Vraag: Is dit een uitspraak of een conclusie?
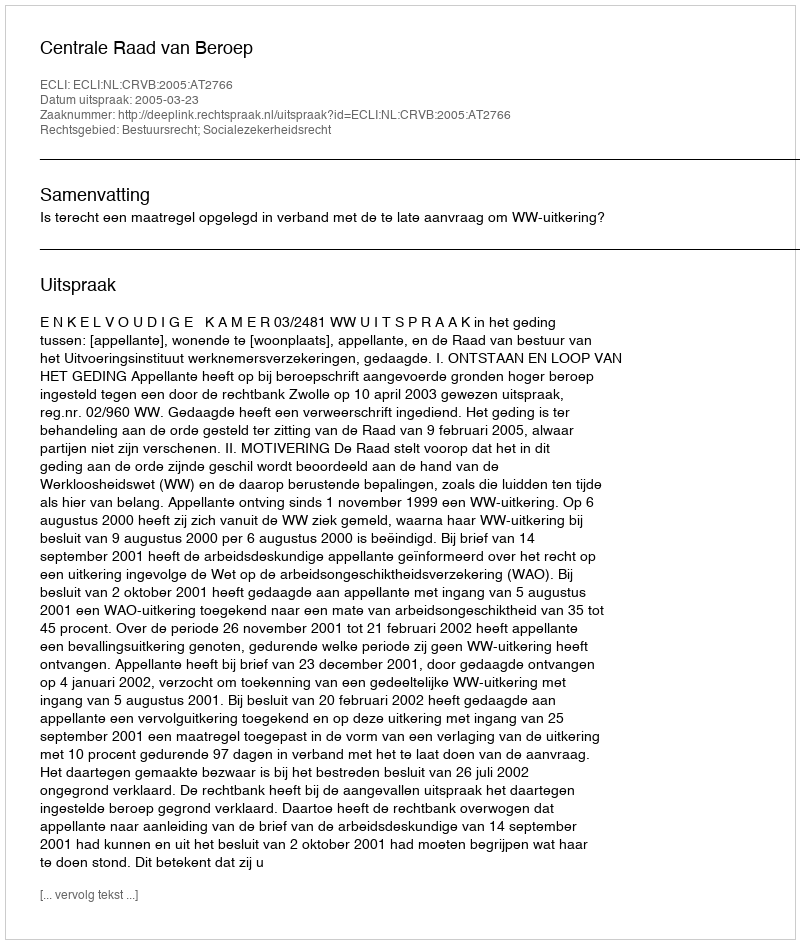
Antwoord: Uitspraak